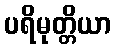
ပရိမုတ္တိယာ